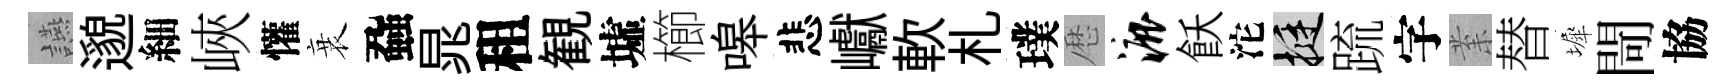
讌邈細峽懽衰蝨晁租観墟櫛嗥悲巘軟札璞厯漉飫沱挺䟽字𭪙替墀閜協